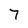
Character: 7